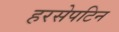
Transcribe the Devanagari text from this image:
हरसेपटिन